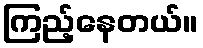
ကြည့်နေတယ်။